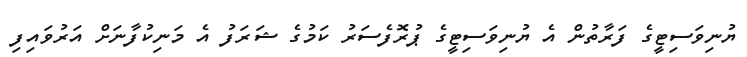
ޔުނިވަސިޓީގެ ފަރާތުން އެ ޔުނިވަސިޓީގެ ޕުރޮފެސަރު ކަމުގެ ޝަރަފު އެ މަނިކުފާނަށް އަރުވައިފި